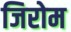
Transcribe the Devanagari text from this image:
जिरोम